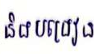
និងបង្រៀន